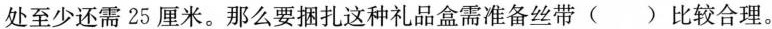
处至少还需25厘米。那么要捆扎这种礼品盒需准备丝带( )比较合理。